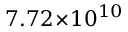
7 . 7 2 \! \times \! 1 0 ^ { 1 0 }